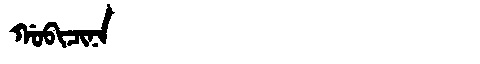
Manchu: ᡤᠣᠪᡳᠴᡳᠨᠠ
Romanization: GOBICINA